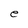
Character: e